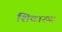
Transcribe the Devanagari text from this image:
शिवाख्य